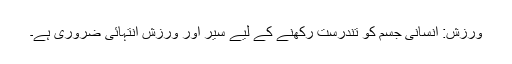
ورزش: انسانی جسم کو تندرست رکھنے کے لیے سیر اور ورزش انتہائی ضروری ہے۔